Lunatic asylums Central Provinces reports 1910-1926 - 1910-1926
Year: 1910
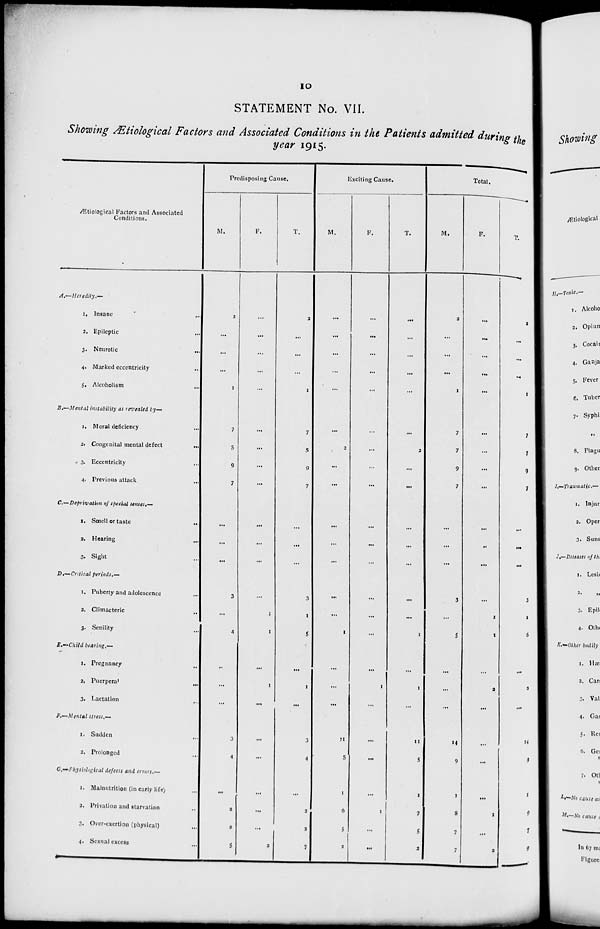
10
STATEMENT No. VII.
Showing Ætiological Factors and Associated Conditions in the Patients admitted during the
year 1915.
Ætiological Factors and Associated
Conditions.
A.—Heredity.—
1. Insane ...
2. Epileptic ...
3. Neurotic
...
4. Marked eccentricity ...
5. Alcoholism ...
B.—Mental instability as revealed by—
1. Moral deficiency ...
2. Congenital mental defect
...
3. Eccentricity ...
4. Previous attack ...
C.—Deprivation of special senses.—
1. Smell or taste ...
2. Hearing ...
3. Sight ...
D.—Critical periods.—
1. Puberty and adolescence ...
2. Climacteric ...
3. Senility ...
E.—Child bearing.—
1. Pregnancy ...
2. Puerperal ...
3. Lactation ...
F.—Mental stress.—
1. Sudden ...
2. Prolonged ...
G.—Physiological defects and errors.—
1. Malnutrition (in early life) ...
2. Privation and starvation ...
3. Over-exertion (physical) ...
4. Sexual excess ...
Predisposing Cause.
M.
2
...
...
...
1
7
5
9
7
...
...
...
3
...
4
...
...
...
3
4
...
2
2
5
F.
...
...
...
...
...
...
...
...
...
...
...
...
...
1
1
...
1
...
...
...
...
...
...
2
T.
2
...
...
...
1
7
5
9
7
...
...
...
3
1
5
...
1
...
3
4
...
2
2
7
Exciting Cause.
M.
...
...
...
...
...
...
2
...
...
...
...
...
...
...
1
...
...
...
11
5
1
6
5
2
F.
...
...
...
...
...
...
...
...
...
...
...
...
...
...
...
...
1
...
...
...
...
1
...
...
T.
...
...
...
...
...
...
2
...
...
...
...
...
...
...
1
...
1
...
11
5
1
7
5
2
Total.
M.
2
...
...
...
1
7
7
9
7
...
...
...
3
...
5
...
...
...
14
9
1
8
7
7
F.
...
...
...
...
...
...
...
...
...
...
...
...
...
1
1
...
2
...
...
...
...
1
...
2
T.
2
...
...
...
1
7
7
9
7
...
...
...
3
1
6
...
2
...
14
9
1
9
7
9